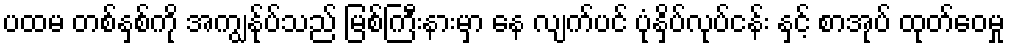
ပထမ တစ်နှစ်ကို အကျွန်ုပ်သည် မြစ်ကြီးနားမှာ နေ လျက်ပင် ပုံနှိပ်လုပ်ငန်း နှင့် စာအုပ် ထုတ်ဝေမှု